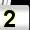
Digit: 2